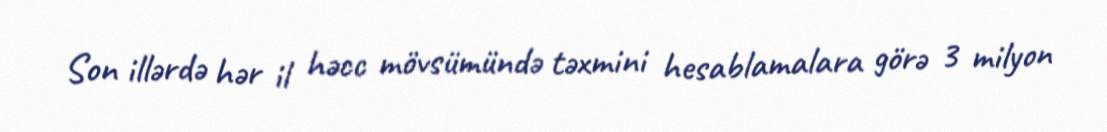
Son illərdə hər il həcc mövsümündə təxmini hesablamalara görə 3 milyon